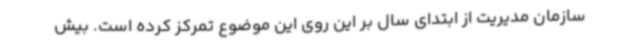
سازمان مدیریت از ابتدای سال بر این روی این موضوع تمرکز کرده است. بیش